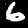
Digit: 6